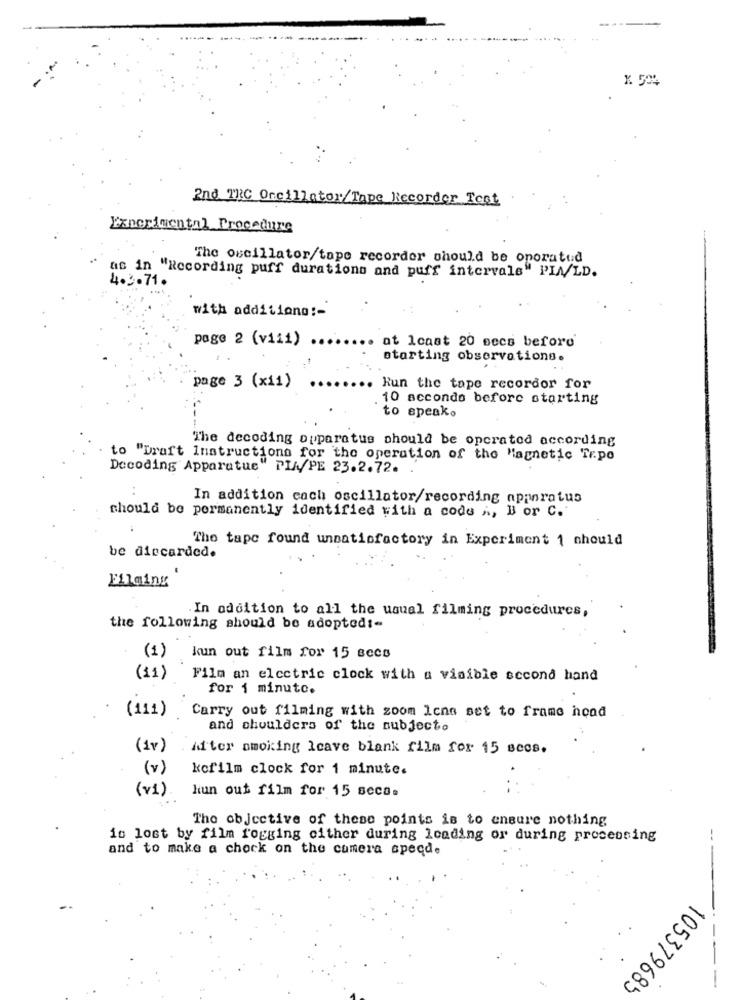
K 504
And TRC Oscillator/Tape Recorder Test
Experimental Procedure
The oscillator/tape recorder should be operated
as in "Recording puff durations and puff intervals" PIA/LD.
4.3.71.
with additions :-
page 2 (viii)
at Icaat 20 mecs before
starting observations.
page 3 (x11)
Run the tape recordor for
10 accondo before starting
to speako
The decoding apparatus should be operated according
to "Draft Instructions for the operation of the Magnetic Tr.po
Decoding Apparatus" PIA/PE 23.2.72.
In addition cach oscillator/recording apparatus
should be permanently identified with a code A, B or C.
The tape found unsatisfactory in Experiment 1 should
be discarded.
Filming
.In addition to all the usual filming procedures,
the following should be adoptedt-
(1) kun out film for 15 secs
(11) Film an electric clock with a visible second hand
for 1 minute.
(111)
Carry out filming with zoom Icno set to frame hond
and shoulders of the subject.
(1v)
After smoking Icave blank film for 15 secs.
(v)
kcfilm clock for 1 minute.
(v1)
hun out film for 15 seca.
The objective of these points is to ensure nothing
is lost by film fogging cither during loading or during processing
and to make a chock on the camera specde
---
105379685
-